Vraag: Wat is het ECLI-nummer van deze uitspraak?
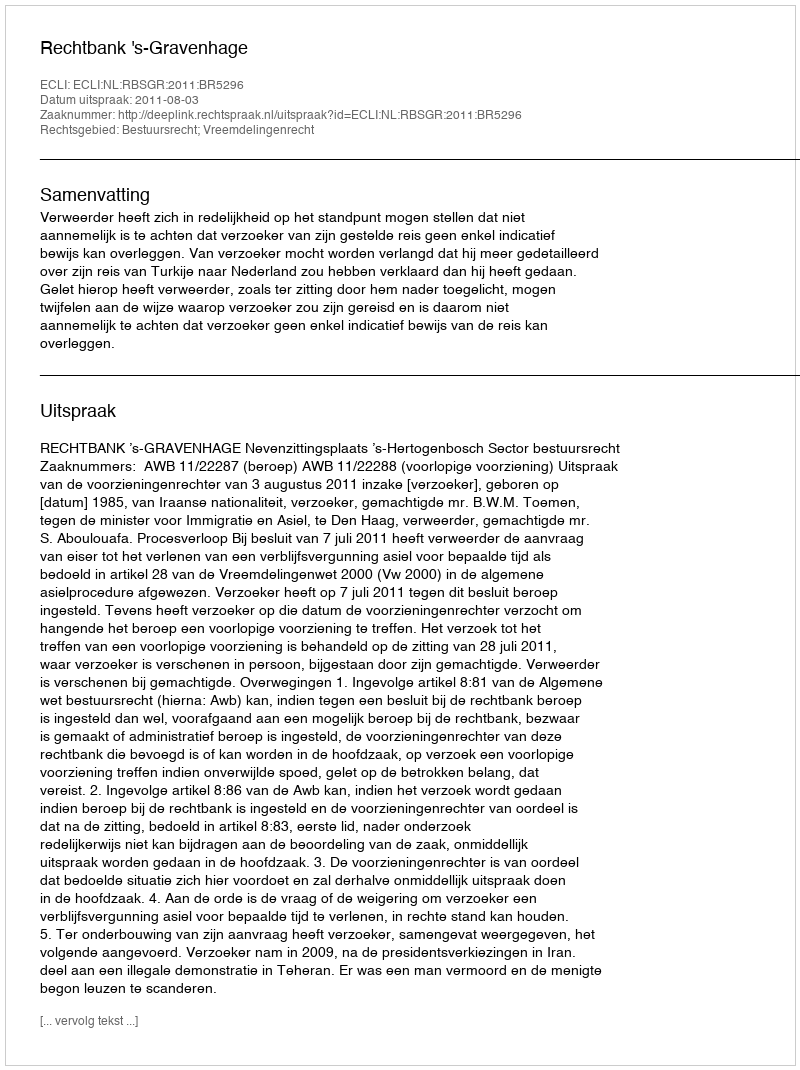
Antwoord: ECLI:NL:RBSGR:2011:BR5296